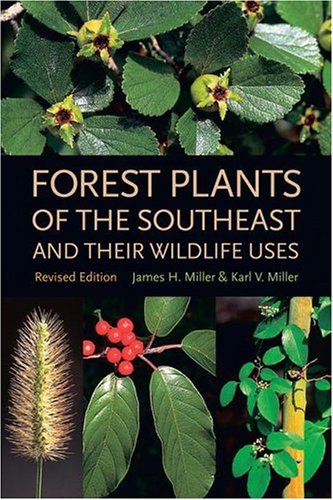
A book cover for Forest Plants of the Southeast and Their Wildlife Uses; James H. Miller; Science & Math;